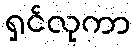
ရှင်လုကာ